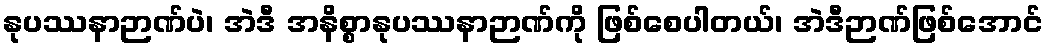
နုပဿနာဉာဏ်ပဲ၊ အဲဒီ အနိစ္စာနုပဿနာဉာဏ်ကို ဖြစ်စေပါတယ်၊ အဲဒီဉာဏ်ဖြစ်အောင်